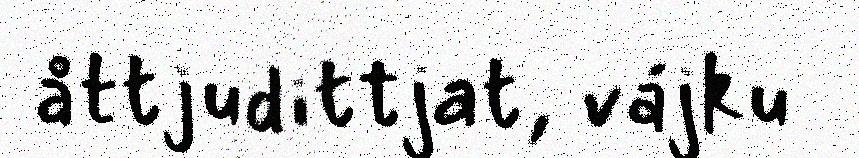
åttjudittjat, vájku